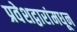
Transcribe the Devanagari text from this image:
प्रवेशद्वारांमधून